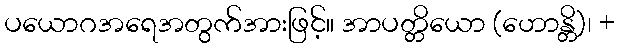
ပယောဂအရေအတွက်အားဖြင့်။ အာပတ္တိယော (ဟောန္တိ)၊ +